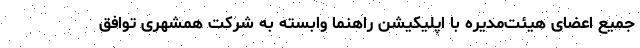
جمیع اعضای هیئت‌مدیره با اپلیکیشن راهنما وابسته به شرکت همشهری توافق